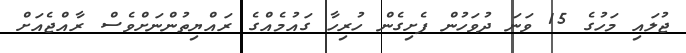
ޖުލައި މަހުގެ 15 ވަނަ ދުވަހުން ފެށިގެން ހުރިހާ ގައުމެއްގެ ރައްޔިތުންނަށްވެސް ރާއްޖެއަށް